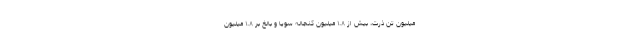
میلیون تن ذرت، بیش از ۱.۸ میلیون کنجاله سویا و بالغ بر ۱.۸ میلیون